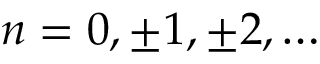
n = 0 , \pm 1 , \pm 2 , \ldots